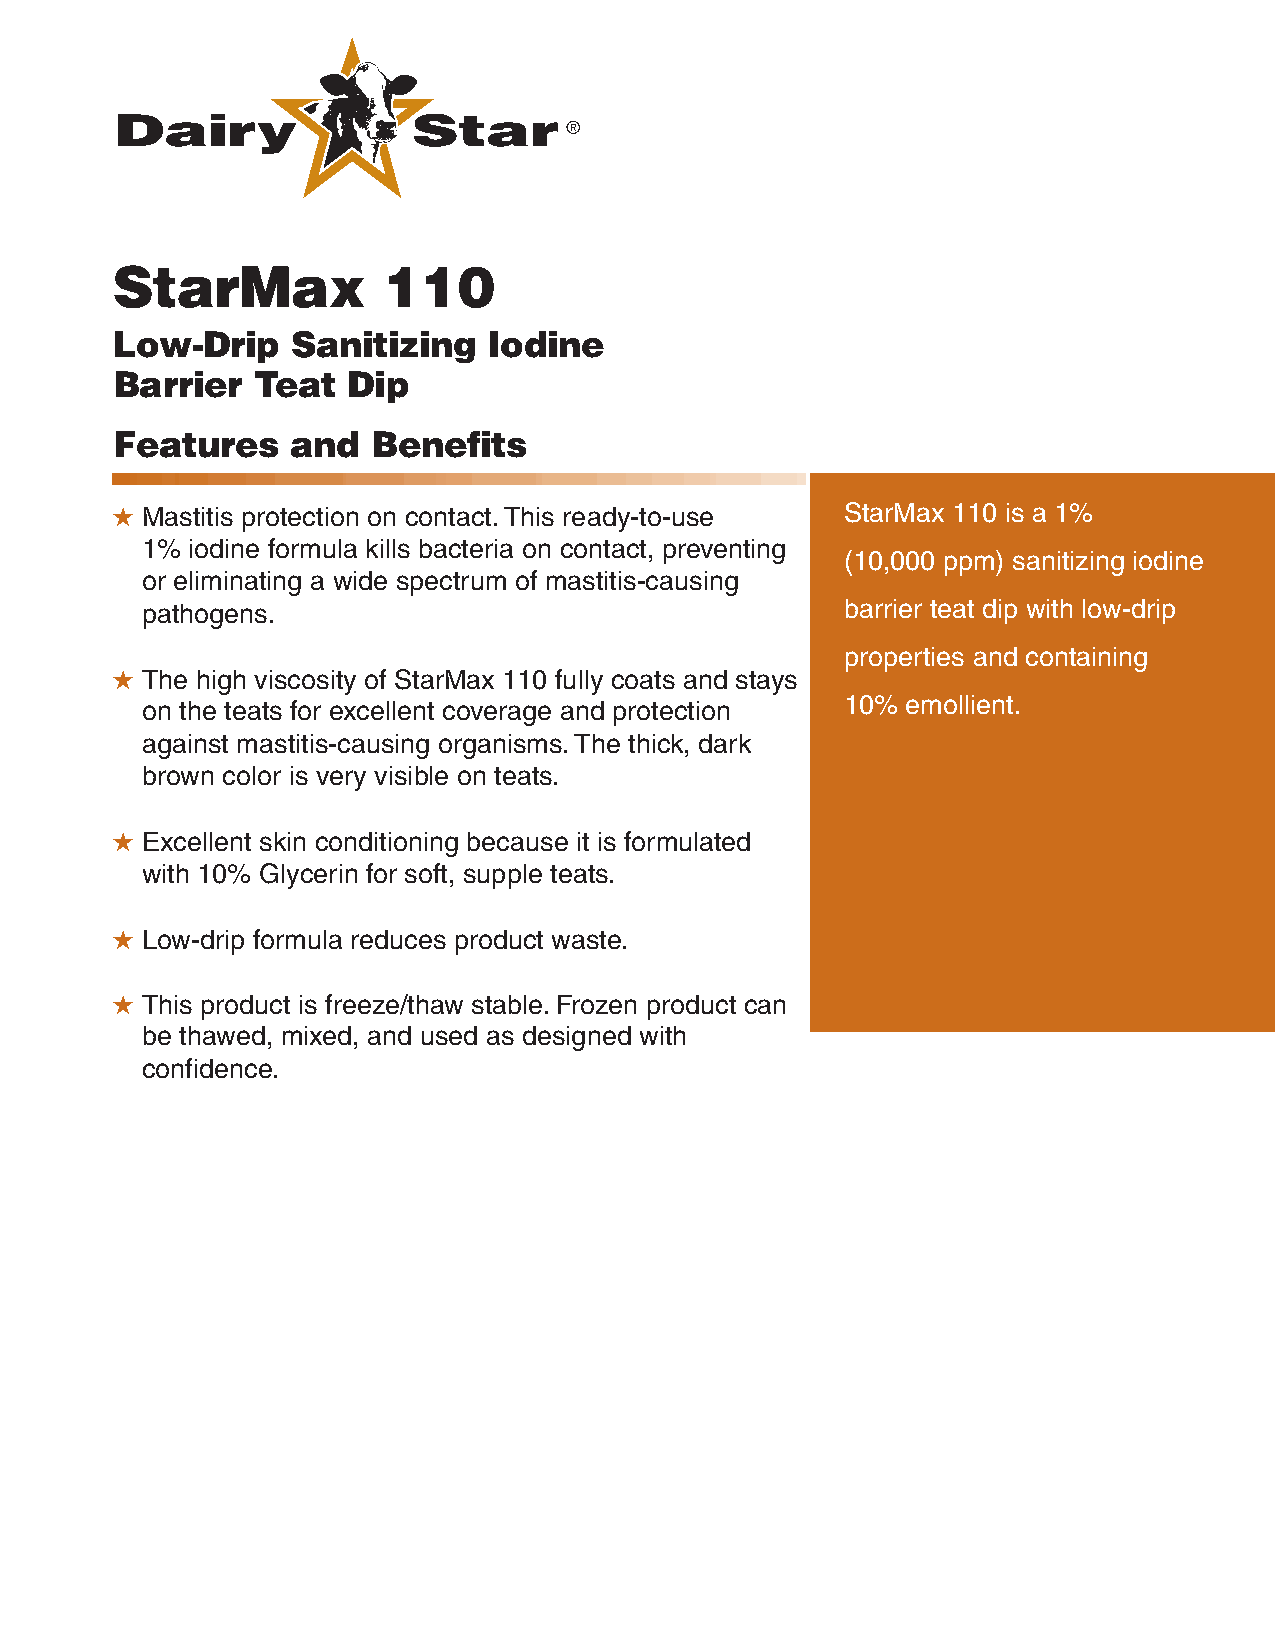
StarMax           110
 Low-Drip    Sanitizing   Iodine
 Barrier   Teat  Dip
 Features    and   Benefits
 H Mastitis protection on contact. This ready-to-use StarMax 110 is a 1%
 1% iodine formula kills bacteria on contact, preventing
 (10,000 ppm) sanitizing iodine
 or eliminating a wide spectrum of mastitis-causing
 pathogens.                                     barrier teat dip with low-drip
 properties and containing
 H The high viscosity of StarMax 110 fully coats and stays
 on the teats for excellent coverage and protection 10% emollient.
 against mastitis-causing organisms. The thick, dark
 brown color is very visible on teats.
 H Excellent skin conditioning because it is formulated
 with 10% Glycerin for soft, supple teats.
 H Low-drip formula reduces product waste.
 H This product is freeze/thaw stable. Frozen product can
 be thawed, mixed, and used as designed with
 confidence.